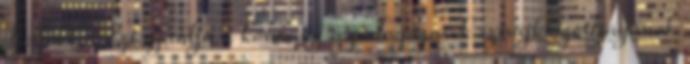
Belföld - Ezt ajánlja a kormány a pedagógusok sztrájkbizottságának